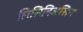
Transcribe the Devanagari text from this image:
लिसिनिअसिन